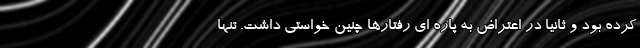
کرده بود و ثانیا در اعتراض به پاره ای رفتارها چنین خواستی داشت. تنها